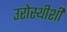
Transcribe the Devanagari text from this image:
उरोस्थीशी